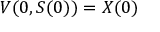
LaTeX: V ( 0 , S ( 0 ) ) = X ( 0 )